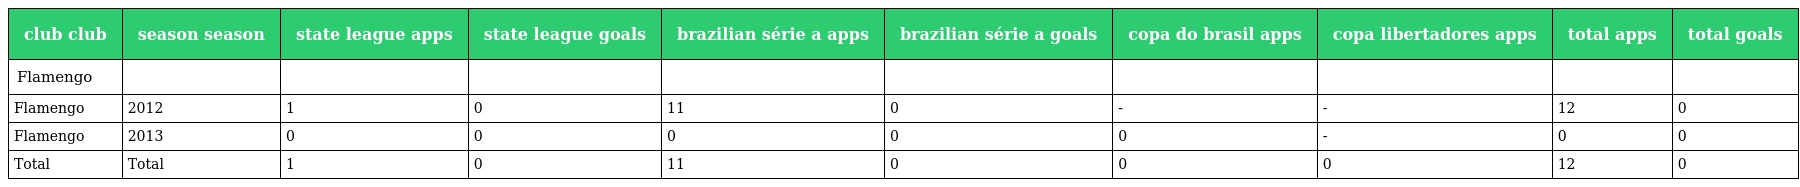
| club club | season season | state league apps | state league goals | brazilian série a apps | brazilian série a goals | copa do brasil apps | copa libertadores apps | total apps | total goals |
 | --- | --- | --- | --- | --- | --- | --- | --- | --- | --- |
 | Flamengo |  |  |  |  |  |  |  |  |  |
 | Flamengo | 2012 | 1 | 0 | 11 | 0 | - | - | 12 | 0 |
 | Flamengo | 2013 | 0 | 0 | 0 | 0 | 0 | - | 0 | 0 |
 | Total | Total | 1 | 0 | 11 | 0 | 0 | 0 | 12 | 0 |